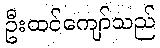
ဦးထင်ကျော်သည်